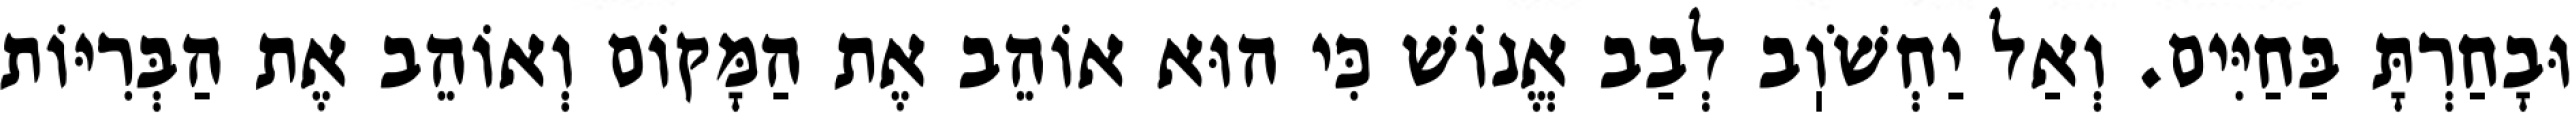
וּבָחַרְתָּ בַּחַיִּים. וְאַל יַחְשֹׁוֽב לְבַב אֱנוֹשׁ כִּי הוּא אוֹהֵב אֶת הַמָּקוֹם וְאוֹהֵב אֶת הַבְּרִיּוֹת